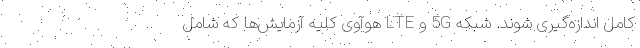
کامل اندازه‌گیری شوند. شبکه 5G و LTE هوآوی کلیه آزمایش‌ها که شامل